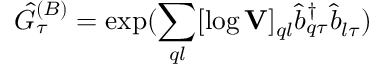
\hat { G } _ { \tau } ^ { ( B ) } = \exp ( \sum _ { q l } [ \log \mathbf { V } ] _ { q l } \hat { b } _ { q \tau } ^ { \dagger } \hat { b } _ { l \tau } )